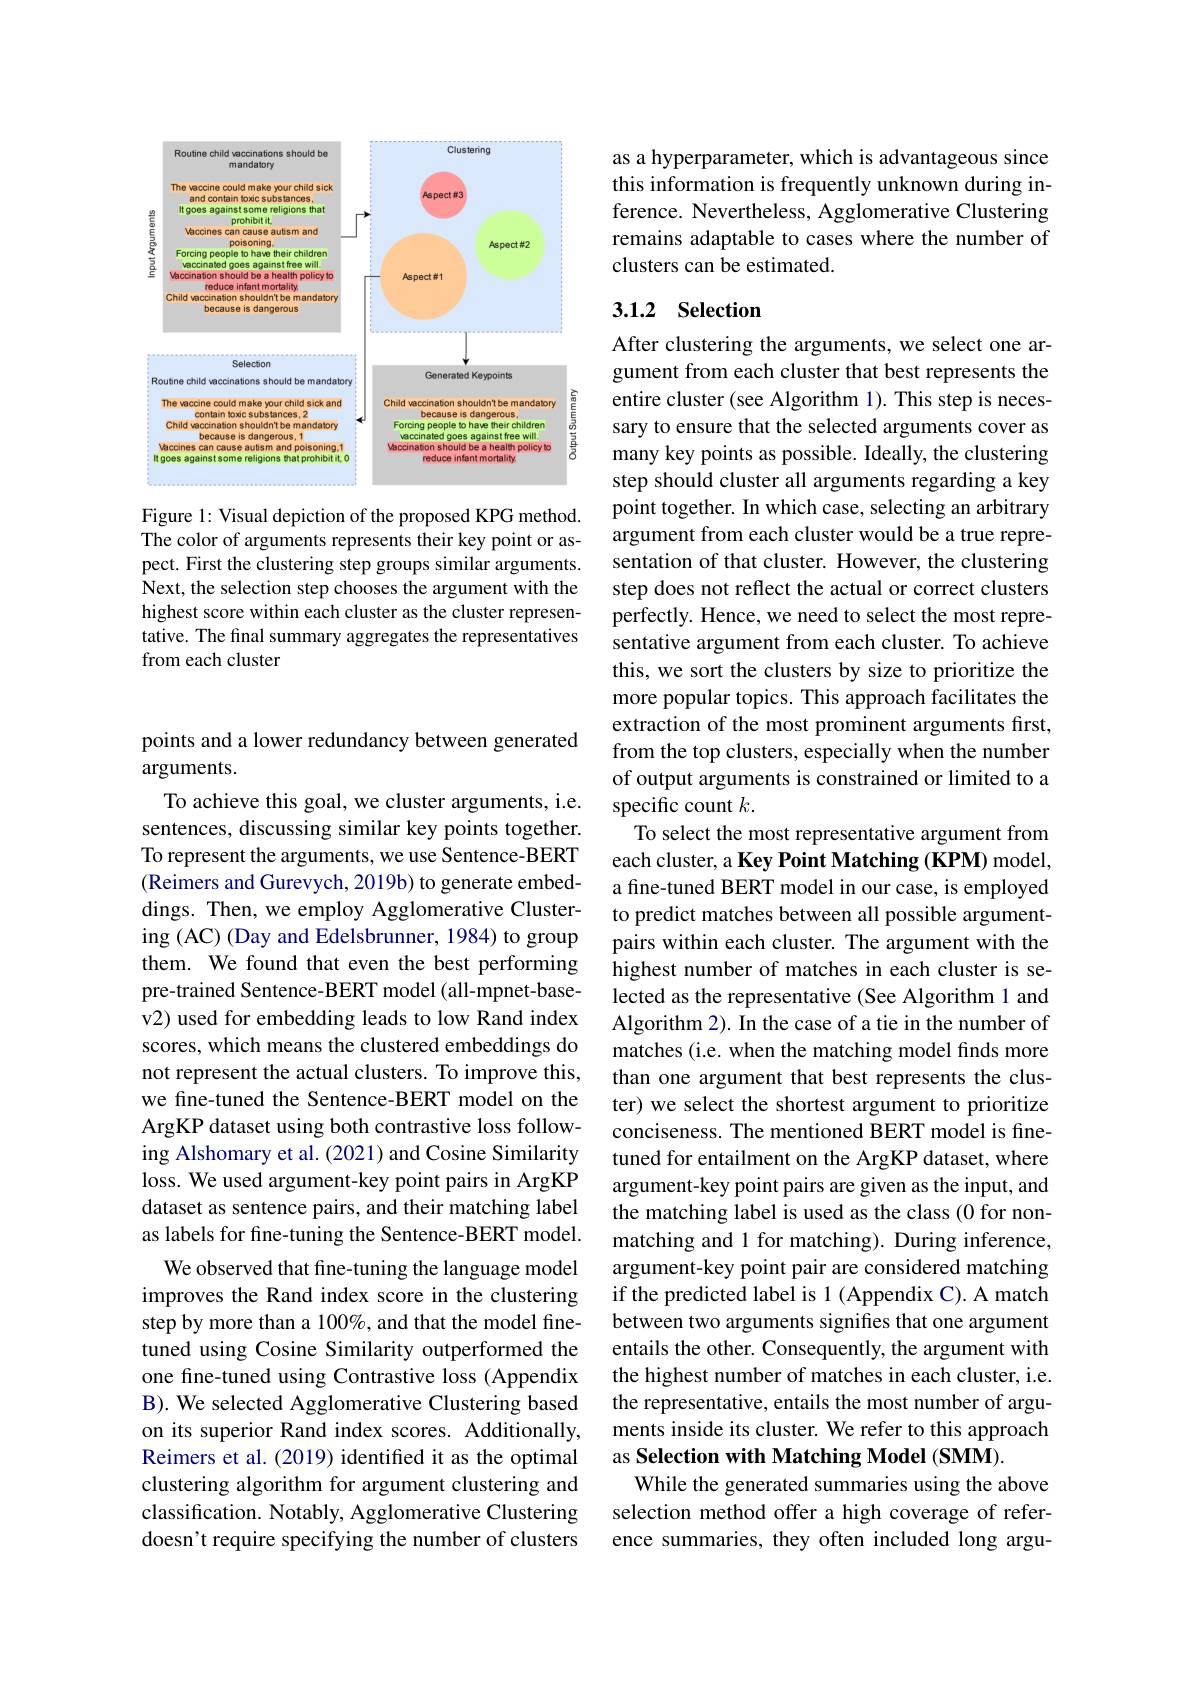
<FigureHere>

Figure 1: Visual depiction of the proposed KPG method. The color of arguments represents their key point or aspect. First the clustering step groups similar arguments. Next, the selection step chooses the argument with the highest score within each cluster as the cluster representative. The final summary aggregates the representatives from each cluster

points and a lower redundancy between generated
# arguments.

To achieve this goal, we cluster arguments, i.e. sentences, discussing similar key points together. To represent the arguments, we use Sentence-BERT (Reimers and Gurevych, 2019b) to generate embeddings. Then, we employ Agglomerative Clustering (AC) (Day and Edelsbrunner, 1984) to group them. We found that even the best performing pre-trained Sentence-BERT model (all-mpnet-basev2) used for embedding leads to low Rand index scores, which means the clustered embeddings do not represent the actual clusters. To improve this, we fine-tuned the Sentence-BERT model on the ArgKP dataset using both contrastive loss following Alshomary et al. (2021) and Cosine Similarity loss. We used argument-key point pairs in ArgKP dataset as sentence pairs, and their matching label as labels for fine-tuning the Sentence-BERT model.
We observed that fine-tuning the language model improves the Rand index score in the clustering step by more than a 100%, and that the model finetuned using Cosine Similarity outperformed the one fine-tuned using Contrastive loss (Appendix B). We selected Agglomerative Clustering based on its superior Rand index scores. Additionally, Reimers et al. (2019) identified it as the optimal clustering algorithm for argument clustering and classification. Notably, Agglomerative Clustering doesn't require specifying the number of clusters

as a hyperparameter, which is advantageous since this information is frequently unknown during inference. Nevertheless, Agglomerative Clustering remains adaptable to cases where the number of clusters can be estimated

## 3.1.2 Selection

After clustering the arguments, we select one argument from each cluster that best represents the entire cluster (see Algorithm 1). This step is necessary to ensure that the selected arguments cover as many key points as possible. Ideally, the clustering step should cluster all arguments regarding a key point together. In which case, selecting an arbitrary argument from each cluster would be a true representation of that cluster. However, the clustering step does not reflect the actual or correct clusters perfectly. Hence, we need to select the most representative argument from each cluster. To achieve this, we sort the clusters by size to prioritize the more popular topics. This approach facilitates the extraction of the most prominent arguments frst, from the top clusters, especially when the number of output arguments is constrained or limited to a specific count $k.$
To select the most representative argument from each cluster, a Key Point Matching (KPM) model, a fine-tuned BERT model in our case, is employed to predict matches between all possible argumentpairs within each cluster. The argument with the highest number of matches in each cluster is selected as the representative (See Algorithm 1 and Algorithm 2). In the case of a tie in the number of matches (i.e. when the matching model finds more than one argument that best represents the cluster) we select the shortest argument to prioritize conciseness. The mentioned BERT model is finetuned for entailment on the ArgKP dataset, where argument-key point pairs are given as the input, and the matching label is used as the class (0 for nonmatching and 1 for matching). During inference, argument-key point pair are considered matching if the predicted label is 1 (Appendix C). A match between two arguments signiffes that one argument entails the other. Consequently, the argument with the highest number of matches in each cluster, i.e. the representative, entails the most number of arguments inside its cluster. We refer to this approach as Selection with Matching Model (SMM).
While the generated summaries using the above selection method offer a high coverage of reference summaries, they often included long argu-